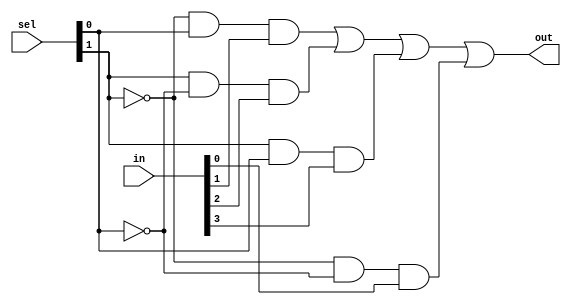
module mux4_1(in, sel, out);
input [3:0]in; 
input [1:0]sel;
output out;
wire s1,s0,d3,d2,d1,d0;

not n1(s1,sel[1]);
not n0(s0,sel[0]);

and a1(d0, s1, s0,in[0]);
and a2(d1, s1, sel[0],in[1]);
and a3(d2, sel[1], s0,in[2]);
and a4(d3, sel[1], sel[0],in[3]);

or o1(out,d1,d2,d3,d0);
endmodule

module testbench;
reg [3:0]in;
reg [1:0]sel;
wire out;
mux4_1 x1(in, sel, out);
initial
 begin
$monitor(,$time,"in=%b,sel=%b,out=%b",in,sel,out);
#0 in= 4'b1000; sel = 2'b00;
#5 in= 4'b0100; sel = 2'b01;
#10 in= 4'b0010; sel = 2'b10;
#40 in= 4'b0001; sel = 2'b11; 
#100 $finish;
end
endmodule